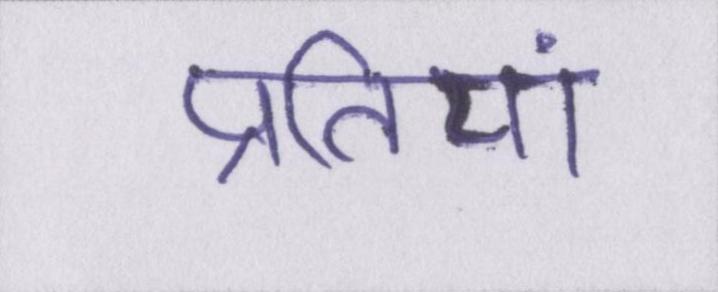
प्रतियां